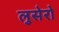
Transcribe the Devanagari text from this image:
लुसेरो